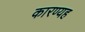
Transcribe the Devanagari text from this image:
कारण्यह